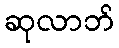
ဆုလာဘ်